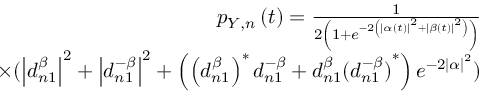
\begin{array} { r } { p _ { Y , n } \left( t \right) = \frac { 1 } { 2 \left( 1 + e ^ { - 2 \left( \left| \alpha \left( t \right) \right| ^ { 2 } + \left| \beta \left( t \right) \right| ^ { 2 } \right) } \right) } } \\ { \times ( \left| d _ { n 1 } ^ { \beta } \right| ^ { 2 } + \left| d _ { n 1 } ^ { - \beta } \right| ^ { 2 } + \left( \left( d _ { n 1 } ^ { \beta } \right) ^ { \ast } d _ { n 1 } ^ { - \beta } + d _ { n 1 } ^ { \beta } { ( d _ { n 1 } ^ { - \beta } ) } ^ { \ast } \right) e ^ { - 2 \left| \alpha \right| ^ { 2 } } ) } \end{array}